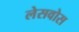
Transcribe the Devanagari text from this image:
लेसवोस